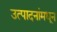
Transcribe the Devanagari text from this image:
उत्पादनांमधून